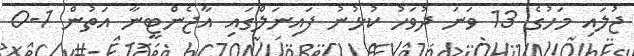
ޖުލައި މަހުގެ 13 ވަނަ ދުވަހު ކުޅުނު ފައިނަލްގައި އާޖެންޓީނާ އަތުން 1-0